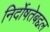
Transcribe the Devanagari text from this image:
निर्दोषतेबद्दल